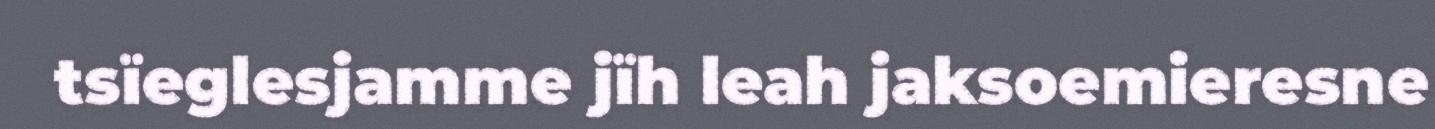
tsïeglesjamme jïh leah jaksoemieresne